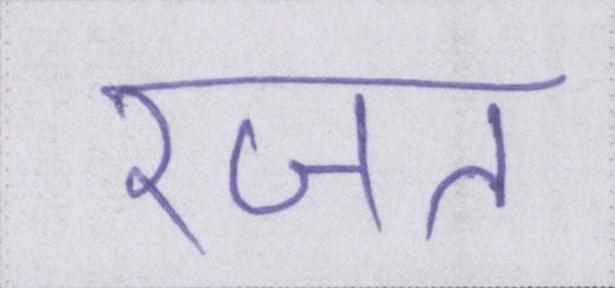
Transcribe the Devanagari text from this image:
रजत